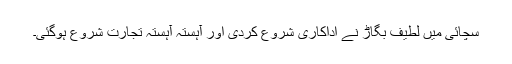
سچائی میں لطیف بگاڑ نے اداکاری شروع کردی اور آہستہ آہستہ تجارت شروع ہوگئی۔